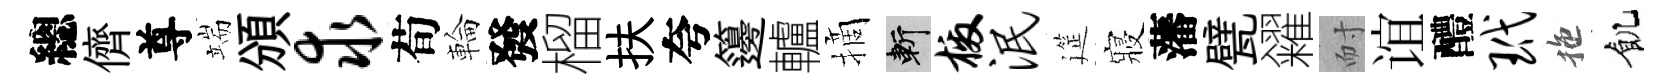
總儕尊端頒求荀輪發榴扶夸籩轤摘斬檄泯筵寢藩甓糴耐谊醴玳拖飢